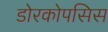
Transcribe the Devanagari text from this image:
डोरकोपसिस